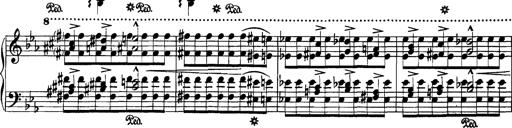
Title: Grandes Etudes
Composer: Franz Liszt